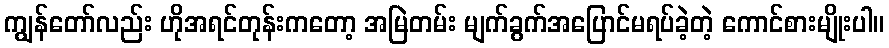
ကျွန်တော်လည်း ဟိုအရင်တုန်းကတော့ အမြဲတမ်း မျက်ခွက်အပြောင်မရပ်ခဲ့တဲ့ ကောင်စားမျိုးပါ။